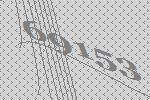
69153